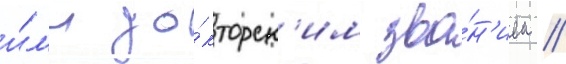
и́л'и до́кторск'им зва́н'ием //